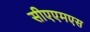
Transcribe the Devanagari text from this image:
सीएएमएस